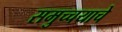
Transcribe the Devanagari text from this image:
समुच्चयाचे